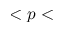
< p <